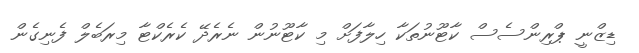
ޑިޒްނީ ޕްރިންސެސް ކާޓޫނުތަކާ ހިލާފަށް މި ކާޓޫނުން ނެރެދޭ ކެރެކްޓާ މިރަބެލް ފެނިގެން